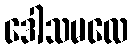
ဒေါသမလေ